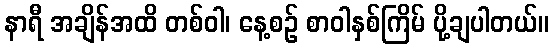
နာရီ အချိန်အထိ တစ်ဝါ၊ နေ့စဉ် စာဝါနှစ်ကြိမ် ပို့ချပါတယ်။